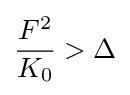
{\frac {F^{2}}{K_{0}}}>\Delta